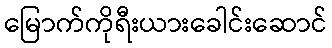
မြောက်ကိုရီးယားခေါင်းဆောင်